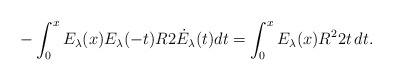
\begin{align*}-\int_0^x E_\lambda(x)E_\lambda(-t) R2\dot E_\lambda(t)dt= \int_0^x E_\lambda(x)R^22t \, dt.\end{align*}